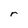
Character: r